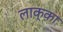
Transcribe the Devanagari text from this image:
लाक्का